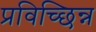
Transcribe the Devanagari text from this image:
प्रविच्छिन्न